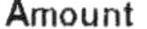
AMOUNT